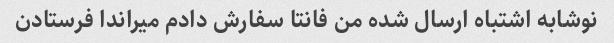
نوشابه اشتباه ارسال شده من فانتا سفارش دادم میراندا فرستادن